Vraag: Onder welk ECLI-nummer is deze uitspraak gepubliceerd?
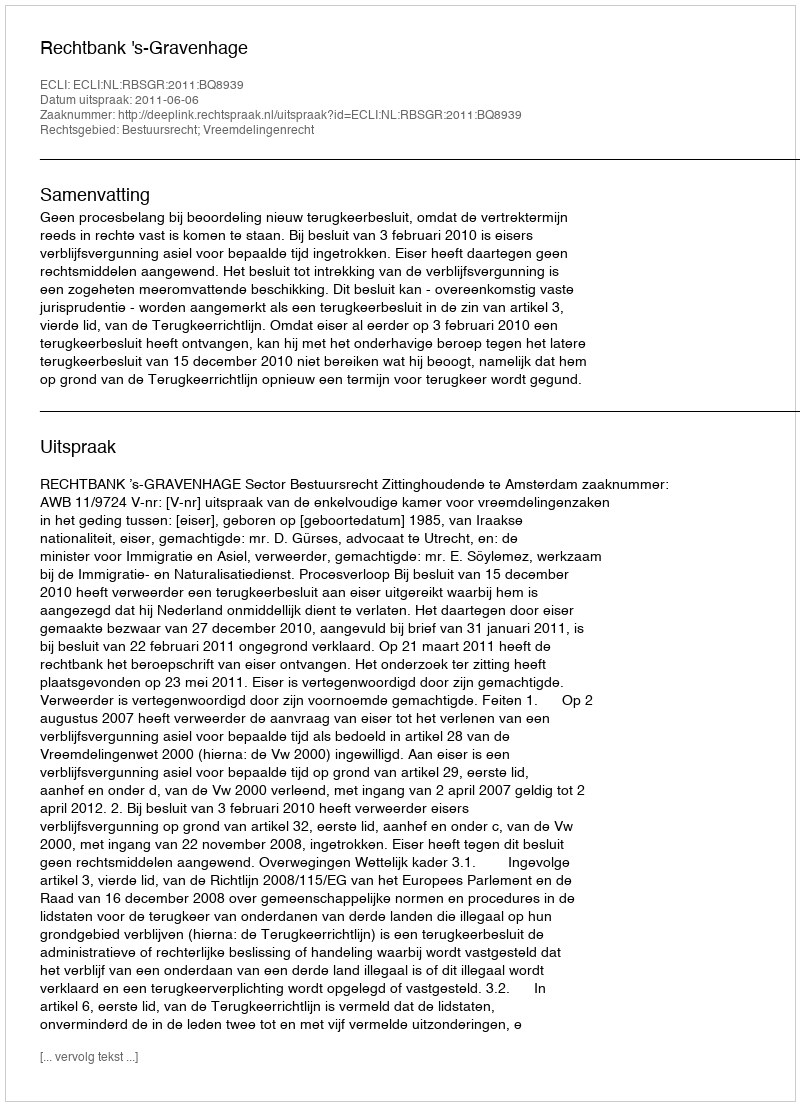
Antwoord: ECLI:NL:RBSGR:2011:BQ8939